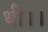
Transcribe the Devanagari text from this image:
थीं।।